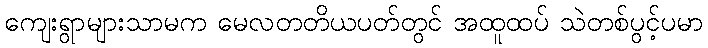
ကျေးရွာများသာမက မေလတတိယပတ်တွင် အထူထပ် သဲတစ်ပွင့်ပမာ